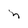
Character: n